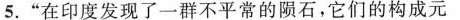
5.“在印度发现了一群不平常的陨石，它们的构成元